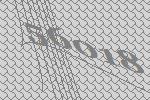
56018